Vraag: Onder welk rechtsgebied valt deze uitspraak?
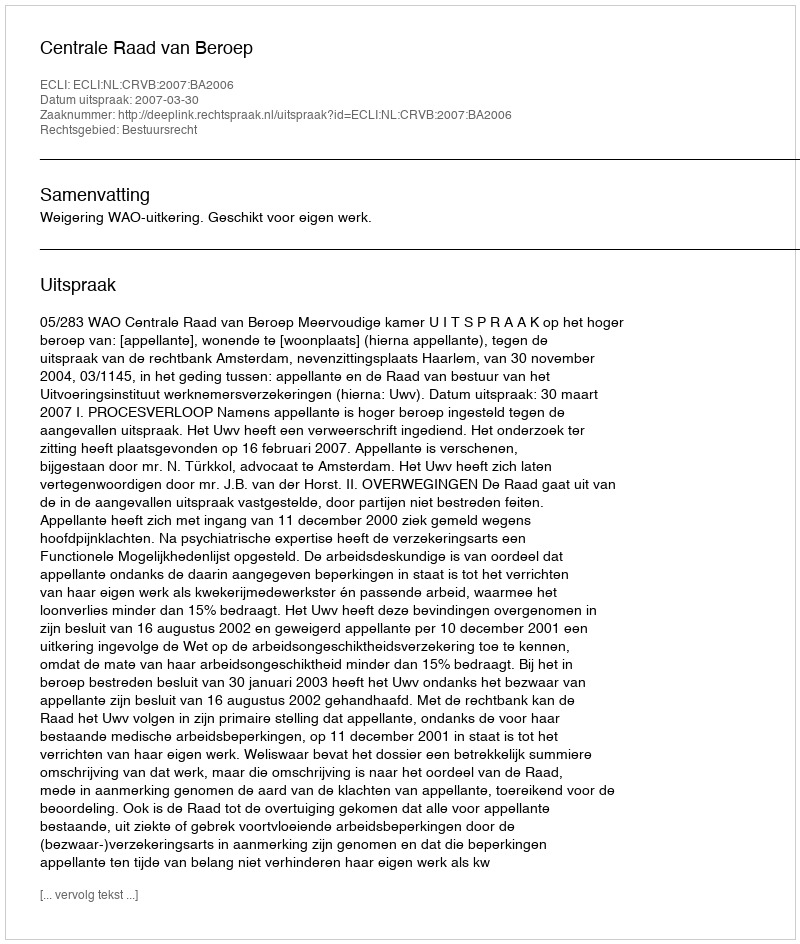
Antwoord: Bestuursrecht